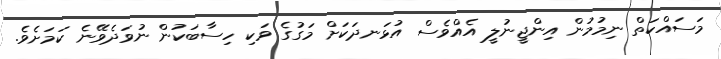
މަސައްކަތް ނިމުމުން އިންޖީނުލީ އެއްވެސް އުޅަނދަކަށް މަގުގެ ވަކި ހިސާބަކުން ނުވަދެވޭނެ ކަމަށެވެ.